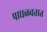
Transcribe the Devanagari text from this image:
पाघळवतात